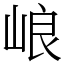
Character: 㟍